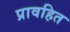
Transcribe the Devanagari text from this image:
प्रावहित